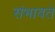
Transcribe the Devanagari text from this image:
संभावते